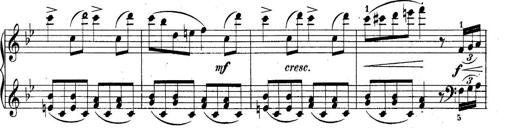
Title: 10 Sonatines progressives
Composer: Anton Schmoll